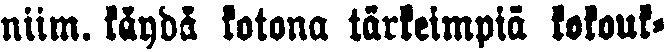
niim. käydä kotona tärkeimpiä kokouk-